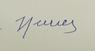
Signature authenticity: forged